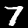
Digit: 7